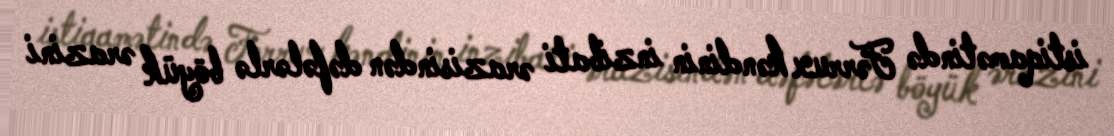
istiqamətində Fərrux kəndinin inzibati ərazisindən dəfələrlə böyük ərazini